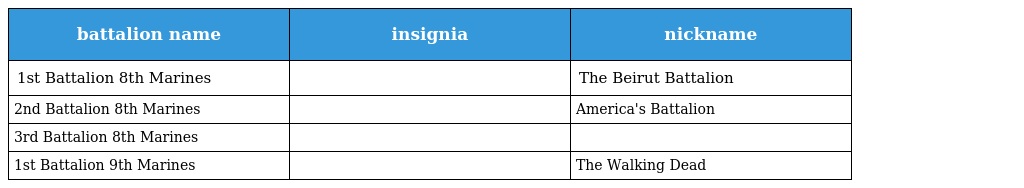
| battalion name | insignia | nickname |
 | --- | --- | --- |
 | 1st Battalion 8th Marines |  | The Beirut Battalion |
 | 2nd Battalion 8th Marines |  | America's Battalion |
 | 3rd Battalion 8th Marines |  |  |
 | 1st Battalion 9th Marines |  | The Walking Dead |